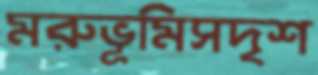
মরুভূমিসদৃশ